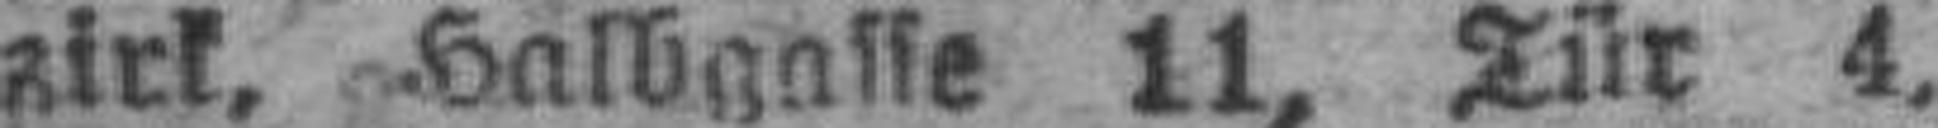
zirk, Halbgasse 11, Tür 4,